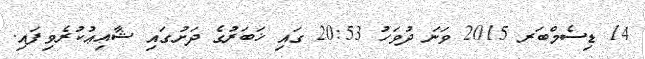
14 ޑިސެމްބަރ 2015 ވަނަ ދުވަހު 20:53 ގައި ޚަބަރުގެ ދަށުގައި ޝާއިޢުކުރެވިފައި.